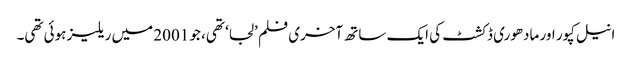
انیل کپور اور مادھوری ڈکشٹ کی ایک ساتھ آخری فلم ’لجا‘ تھی، جو 2001 میں ریلیز ہوئی تھی۔